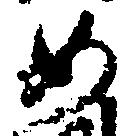
如